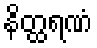
နိတ္ထရဏံ